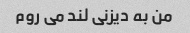
من به دیزنی لند می روم